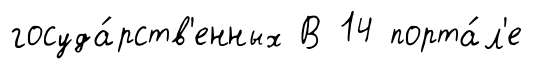
госуда́рств'енных В 14 порта́л'е